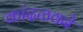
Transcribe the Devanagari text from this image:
कांदळवने